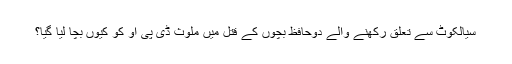
سیالکوٹ سے تعلق رکھنے والے دوحافظ بچوں کے قتل میں ملوث ڈی پی او کو کیوں بچا لیا گیا؟